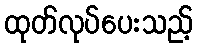
ထုတ်လုပ်ပေးသည့်